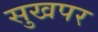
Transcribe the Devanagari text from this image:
सुखपर